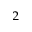
_ 2